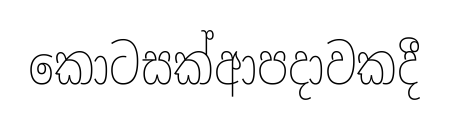
කොටසක්ආපදාවකදී